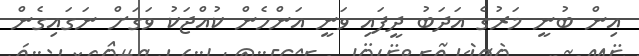
އިން ބުނީ މަރުގެ އަދަބު ދީފައި ވަނީ އަންހެން ކުއްޖަކު ވަގަށް ނަގައިގެން